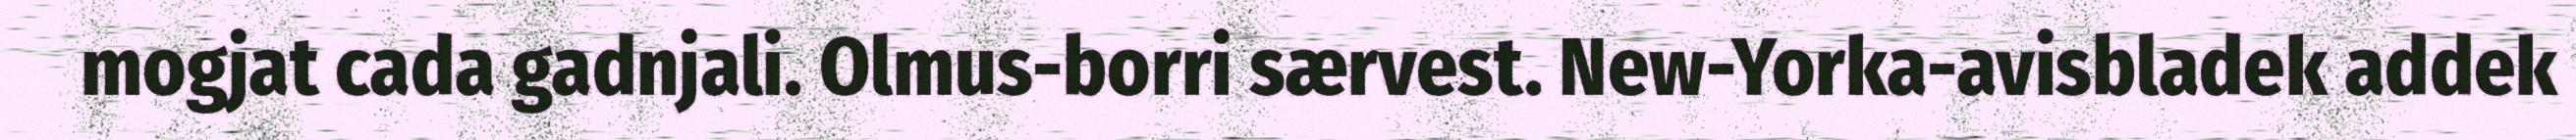
mogjat cada gadnjali. Olmus-borri særvest. New-Yorka-avisbladek addek